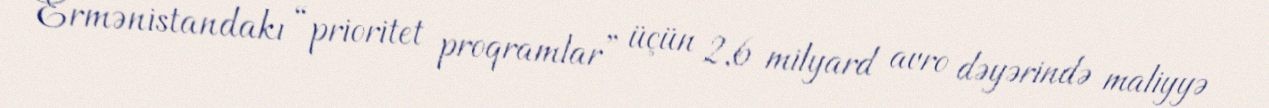
Ermənistandakı “prioritet proqramlar” üçün 2,6 milyard avro dəyərində maliyyə